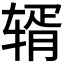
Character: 𬨏